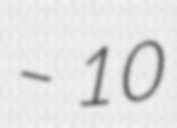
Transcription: – 10